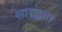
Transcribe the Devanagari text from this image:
शारद्धता